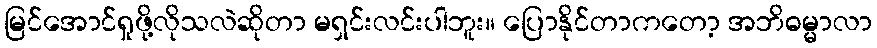
မြင်အောင်ရှုဖို့လိုသလဲဆိုတာ မရှင်းလင်းပါဘူး။ ပြောနိုင်တာကတော့ အဘိဓမ္မာလာ